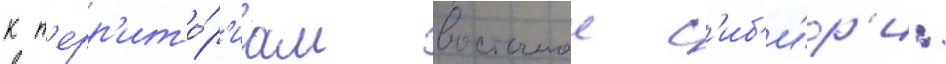
к т'ерр'ито́р'иам восточнои с'иб'и́р'и: